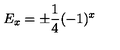
E _ { x } = \pm \frac { 1 } { 4 } ( - 1 ) ^ { x }